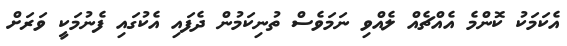
އެކަމަކު ކޮންމެ އެއްޗެއް ލެއްވި ނަމަވެސް ތުނިކަމުން ދެފައި އެކުގައި ފެނުމަކީ ވަރަށް